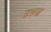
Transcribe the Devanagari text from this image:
उरुज